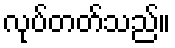
လုပ်တတ်သည်။